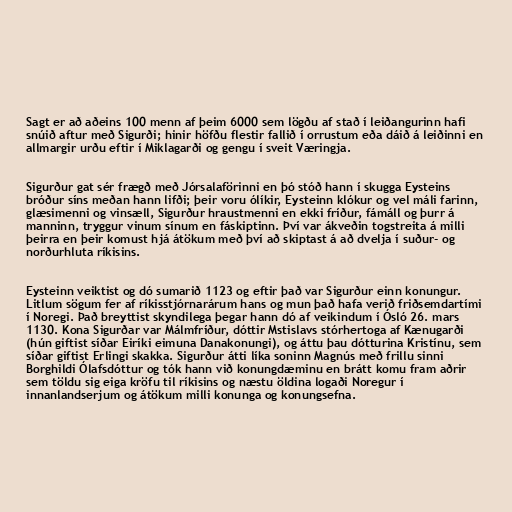
Sagt er að aðeins 100 menn af þeim 6000 sem lögðu af stað í leiðangurinn hafi
snúið aftur með Sigurði; hinir höfðu flestir fallið í orrustum eða dáið á leiðinni en
allmargir urðu eftir í Miklagarði og gengu í sveit Væringja.

Sigurður gat sér frægð með Jórsalaförinni en þó stóð hann í skugga Eysteins
bróður síns meðan hann lifði; þeir voru ólíkir, Eysteinn klókur og vel máli farinn,
glæsimenni og vinsæll, Sigurður hraustmenni en ekki fríður, fámáll og þurr á
manninn, tryggur vinum sínum en fáskiptinn. Því var ákveðin togstreita á milli
þeirra en þeir komust hjá átökum með því að skiptast á að dvelja í suður- og
norðurhluta ríkisins.

Eysteinn veiktist og dó sumarið 1123 og eftir það var Sigurður einn konungur.
Litlum sögum fer af ríkisstjórnarárum hans og mun það hafa verið friðsemdartími
í Noregi. Það breyttist skyndilega þegar hann dó af veikindum í Ósló 26. mars
1130. Kona Sigurðar var Málmfríður, dóttir Mstislavs stórhertoga af Kænugarði
(hún giftist síðar Eiríki eimuna Danakonungi), og áttu þau dótturina Kristínu, sem
síðar giftist Erlingi skakka. Sigurður átti líka soninn Magnús með frillu sinni
Borghildi Ólafsdóttur og tók hann við konungdæminu en brátt komu fram aðrir
sem töldu sig eiga kröfu til ríkisins og næstu öldina logaði Noregur í
innanlandserjum og átökum milli konunga og konungsefna.